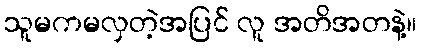
သူမကမလှတဲ့အပြင် လူ အတိအတနဲ့။